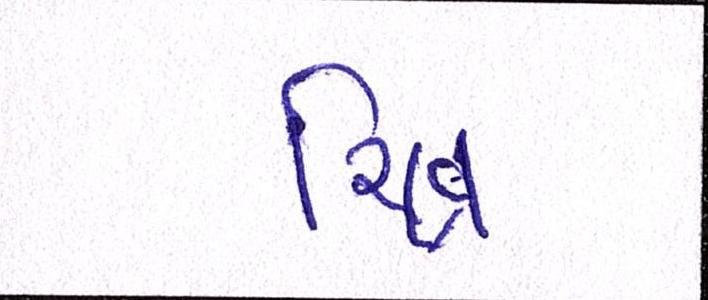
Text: ચિત્ર